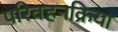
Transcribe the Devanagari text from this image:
परिवहनक्रिया